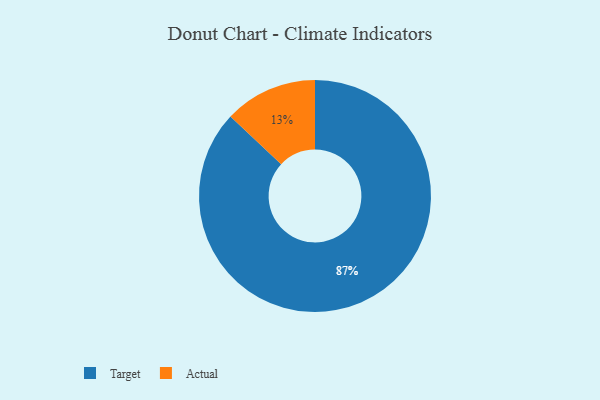
{"axis": {"x": "Category", "y": "Percentage"}, "legend": ["Actual", "Target"], "data": [{"x": "Target", "y": 87, "type": "Target"}, {"x": "Actual", "y": 13, "type": "Actual"}]}